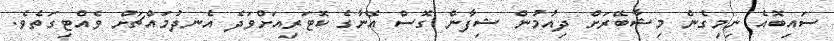
ސައިބޮއެ ނިމިގެން މިޝާބޭރަށް ދިއުމުން ޝިފާން ގޮސް އޭނާގެ ކޮޓަރިއަށްވަދެ އެނދުމައްޗަށް ވެއްޓިގަތެވެ.